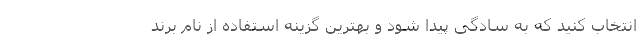
انتخاب کنید که به سادگی پیدا شود و بهترین گزینه استفاده از نام برند